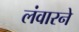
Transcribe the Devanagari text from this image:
लंवारने